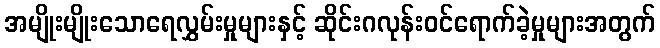
အမျိုးမျိုးသောရေလွှမ်းမှုများနှင့် ဆိုင်းဂလုန်းဝင်ရောက်ခဲ့မှုများအတွက်